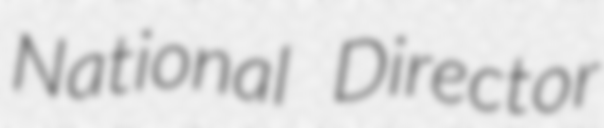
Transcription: National Director